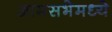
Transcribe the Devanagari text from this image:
आमसभेमध्ये